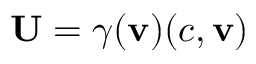
{ \boldsymbol { \mathbf { U } } } = \gamma ( \mathbf { v } ) ( c , \mathbf { v } )